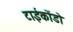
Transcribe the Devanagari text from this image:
टाईकोंडो